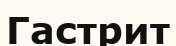
Гастрит